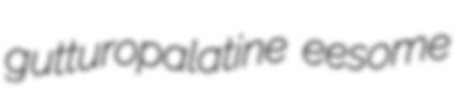
gutturopalatine eesome